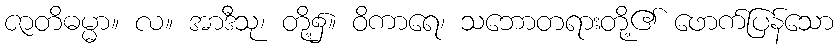
ဇာတိဓမ္မာ။ လ။ အာဒီသု၊ တို့၌။ ဝိကာရေ၊ သဘောတရားတို့၏ ဖောက်ပြန်သော